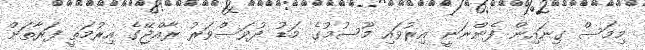
މިމަސް ގިނައިން ފެންނަނީ އިރުވައި މޫސުމުގެ މަޑު ދުވަސްވަރު ރާއްޖޭގެ އިރުމަތީ ފަރާތަށް